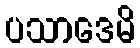
ပသာဒေမိ